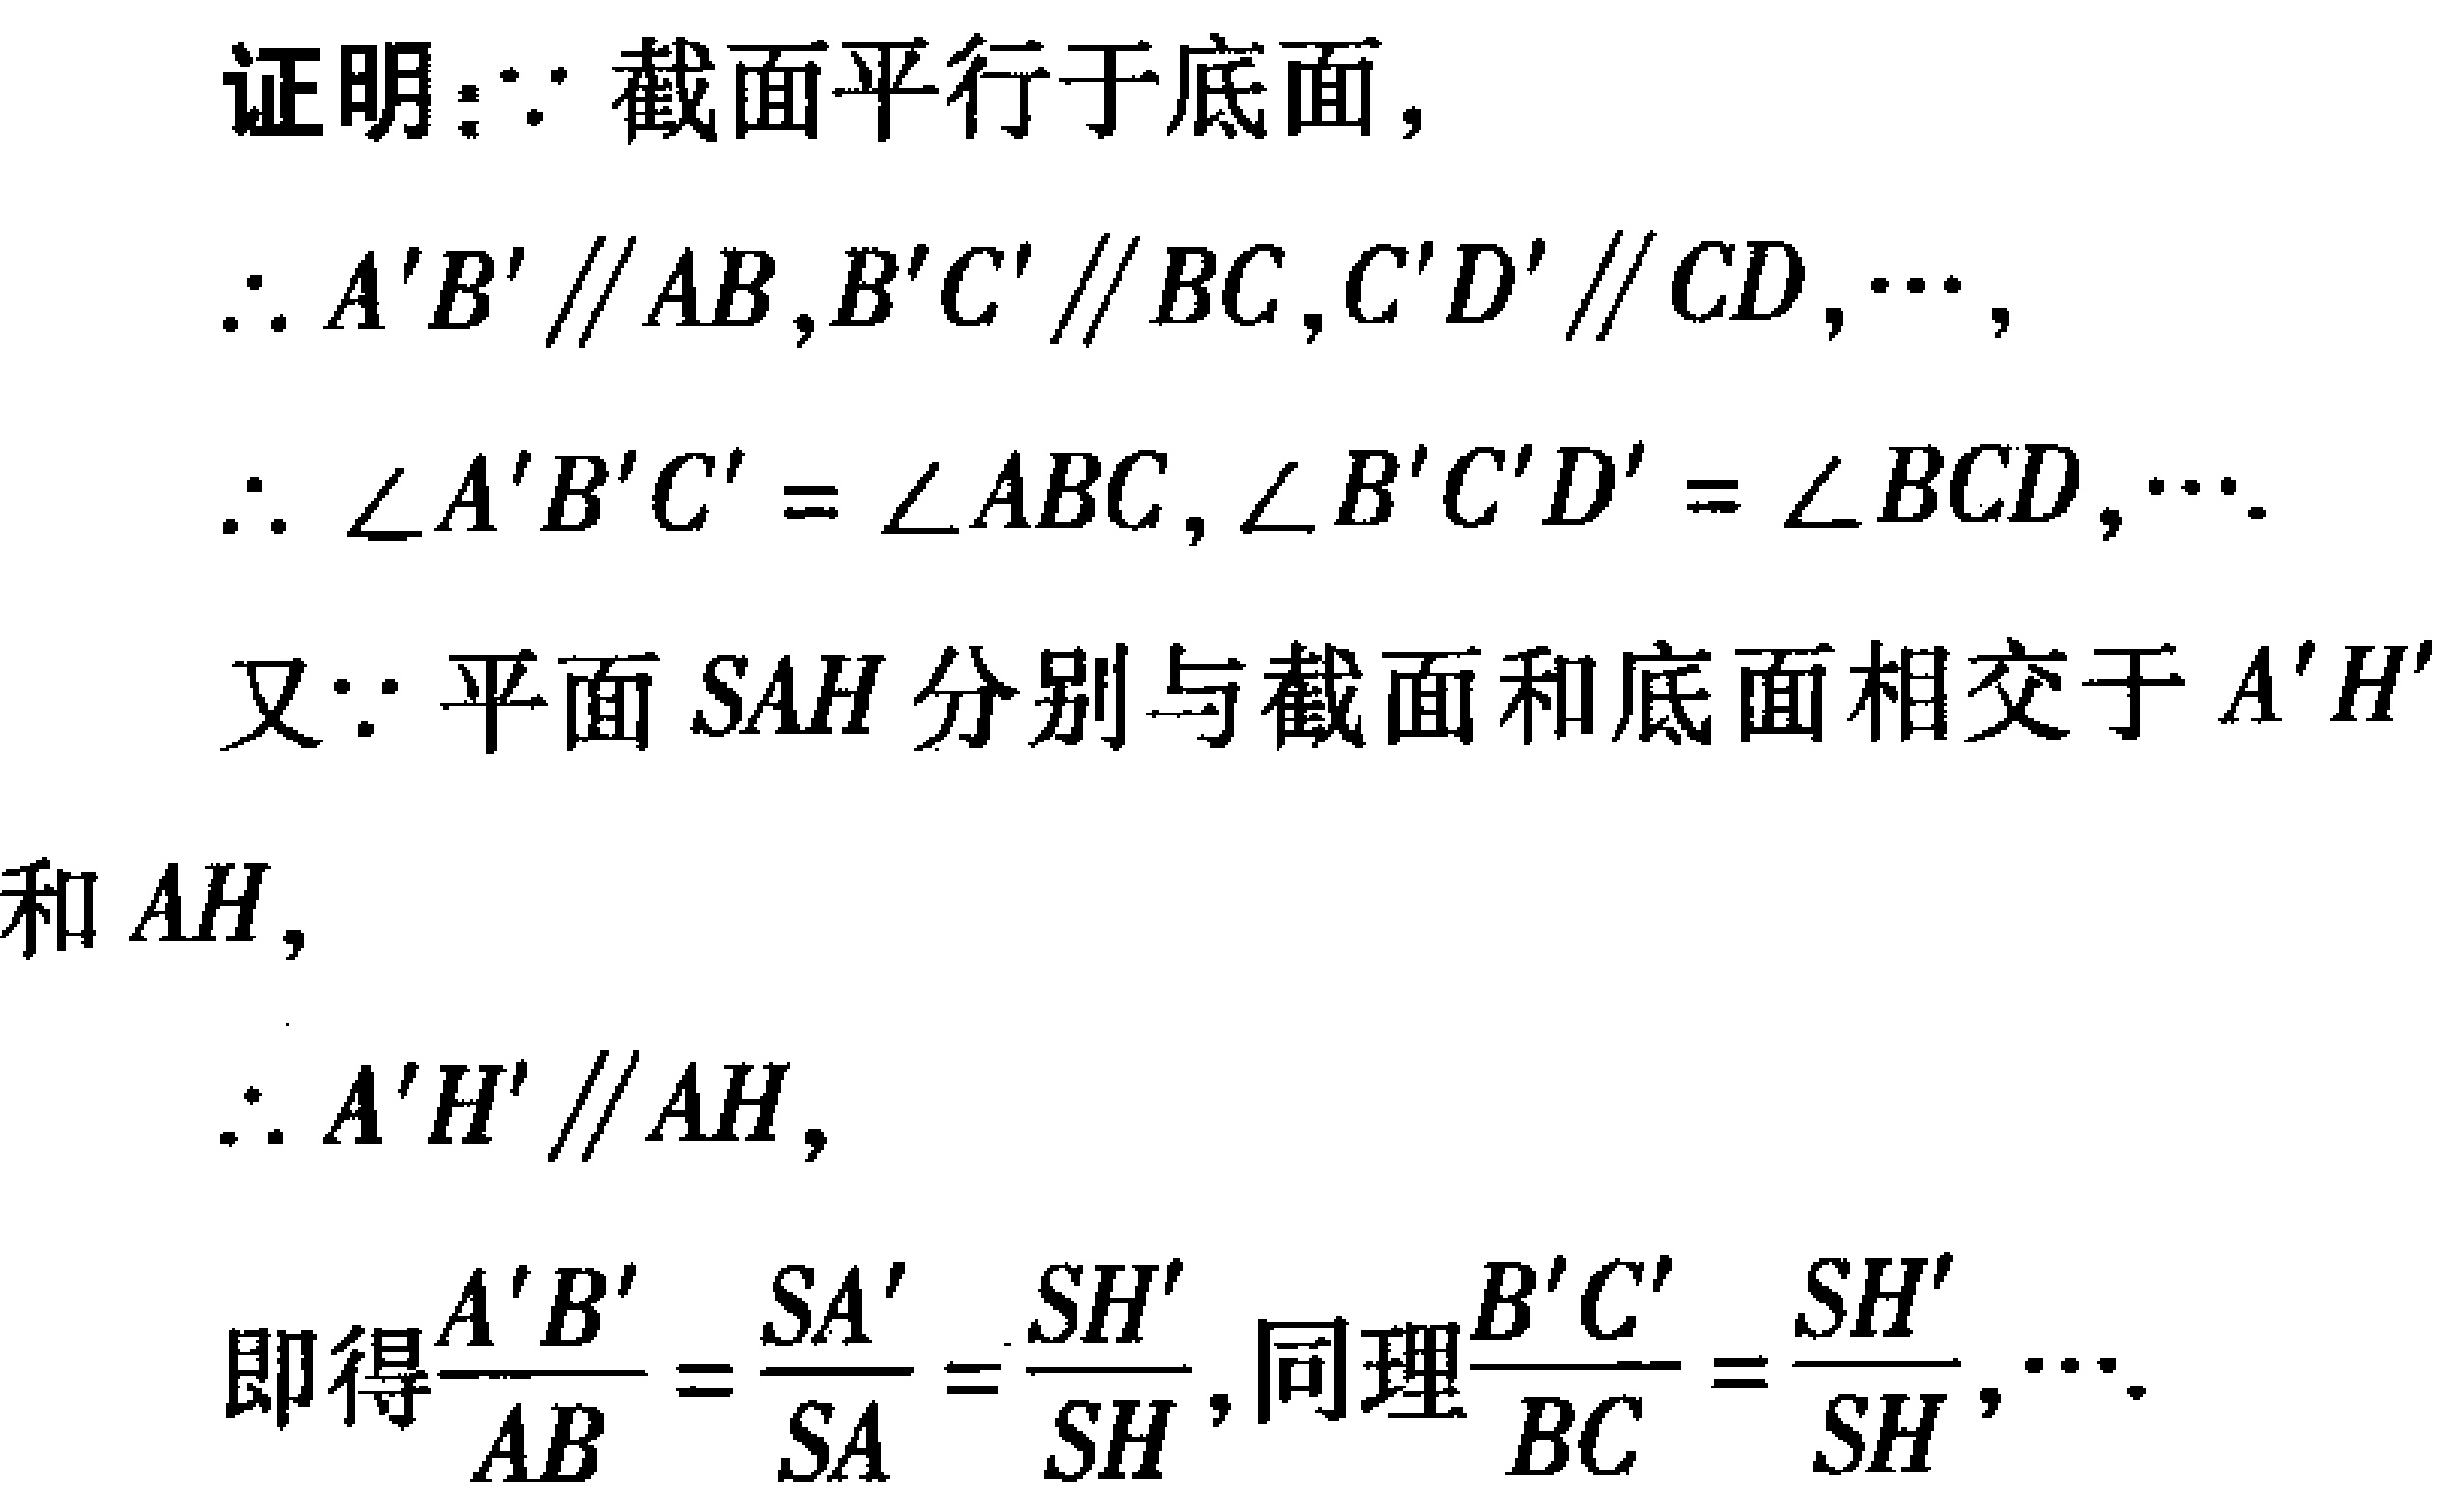
证明：$\because$ 截面平行于底面，
$\therefore A'B'\parallel AB,B'C'\parallel BC,C'D'\parallel CD,\cdots,$
$\therefore \angle A'B'C' = \angle ABC,\angle B'C'D' = \angle BCD,\cdots.$
又$\because$ 平面$SAH$分别与截面和底面相交于$A'H'$
和$AH$，
$\therefore A'H'\parallel AH,$
即得$\frac{A'B'}{AB} = \frac{SA'}{SA}=\frac{SH'}{SH}$,同理$\frac{B'C'}{BC} = \frac{SH'}{SH},\cdots.$